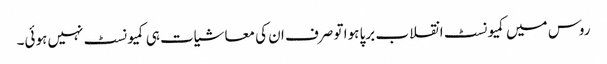
روس میں کمیونسٹ انقلاب برپا ہوا تو صرف ان کی معاشیات ہی کمیونسٹ نہیں ہوئی۔